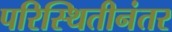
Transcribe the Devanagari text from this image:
परिस्थितीनंतर